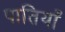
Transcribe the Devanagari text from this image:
पातियाँ